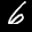
Label: 6